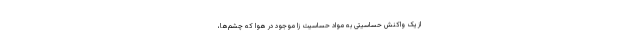
از یک‌ واکنش‌ حساسیتی به‌ مواد حساسیت زا موجود در هوا که‌ چشم‌ها،